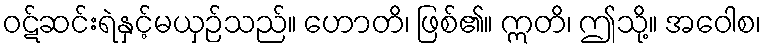
ဝဋ်ဆင်းရဲနှင့်မယှဉ်သည်။ ဟောတိ၊ ဖြစ်၏။ ဣတိ၊ ဤသို့။ အဝေါစ၊